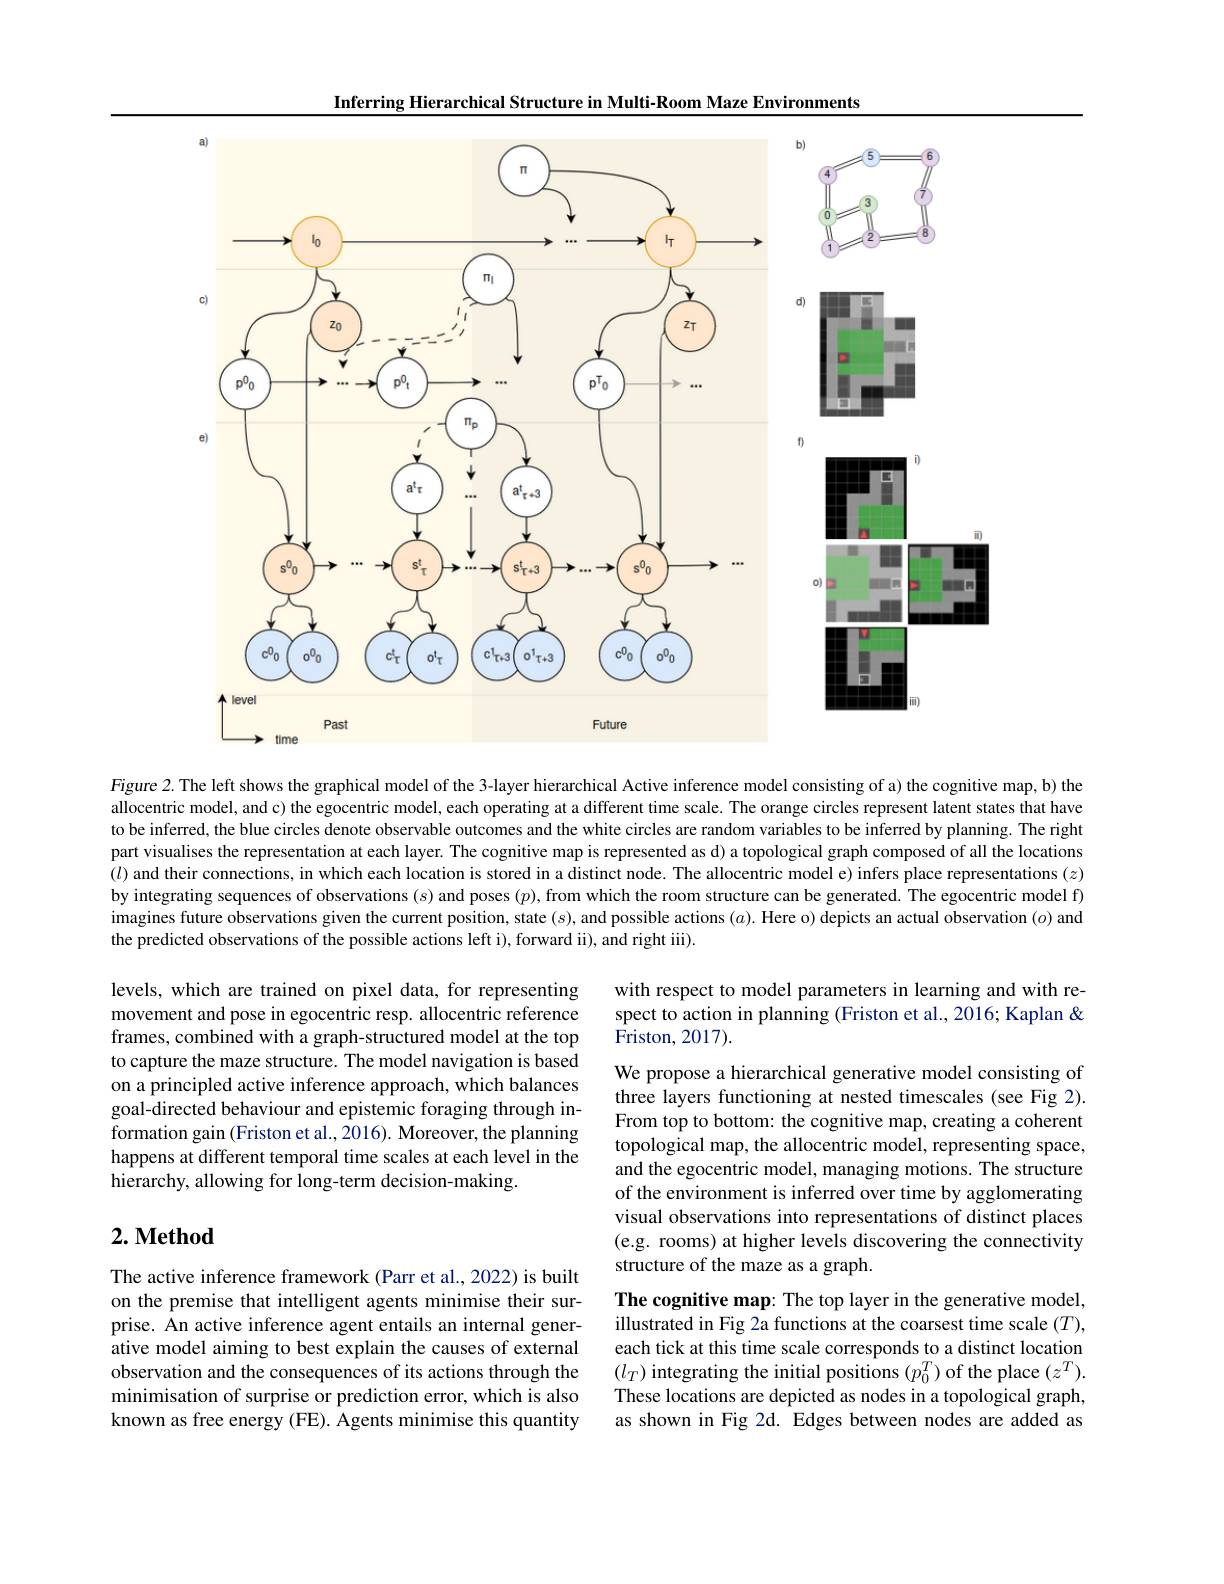
Inferring Hierarchical Structure in Multi-Room Maze Environments
<FigureHere>

Figure 2. The left shows the graphical model of the 3-layer hierarchical Active inference model consisting of a) the cognitive map, b) the allocentric model, and c) the egocentric model, each operating at a different time scale. The orange circles represent latent states that have to be inferred, the blue circles denote observable outcomes and the white circles are random variables to be inferred by planning. The right part visualises the representation at each layer. The cognitive map is represented as d) a topological graph composed of all the locations $(l)$ and their connections, in which each location is stored in a distinct node. The allocentric model e) infers place representations $(z)$ by integrating sequences of observations $(s)$ and poses $(p)$,from which the room structure can be generated. The egocentric model f) imagines future observations given the current position, state $(s)$, and possible actions $(a).$ Here o) depicts an actual observation ($o)$ and the predicted observations of the possible actions left i), forward ii), and right iii).

with respect to model parameters in learning and with respect to action in planning (Friston et al., 2016; Kaplan & Friston, 2017).

levels, which are trained on pixel data, for representing movement and pose in egocentric resp. allocentric reference frames, combined with a graph-structured model at the top to capture the maze structure. The model navigation is based on a principled active inference approach, which balances goal-directed behaviour and epistemic foraging through information gain (Friston et al., 2016). Moreover, the planning happens at different temporal time scales at each level in the hierarchy, allowing for long-term decision-making.

We propose a hierarchical generative model consisting of three layers functioning at nested timescales (see Fig 2). From top to bottom: the cognitive map, creating a coherent topological map, the allocentric model, representing space, and the egocentric model, managing motions. The structure of the environment is inferred over time by agglomerating visual observations into representations of distinct places (e.g. rooms) at higher levels discovering the connectivity structure of the maze as a graph.

## $2. \textbf{ Method}$

The active inference framework (Parr et al., 2022) is built on the premise that intelligent agents minimise their surprise. An active inference agent entails an internal generative model aiming to best explain the causes of external observation and the consequences of its actions through the minimisation of surprise or prediction error, which is also known as free energy (FE). Agents minimise this quantity

The cognitive map: The top layer in the generative model, illustrated in Fig 2a functions at the coarsest time scale $(T)$, each tick at this time scale corresponds to a distinct location $(l_T)$ integrating the initial positions $(p_0^T)$ of the place $(z^T).$ These locations are depicted as nodes in a topological graph, as shown in Fig 2d. Edges between nodes are added as